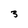
Character: 3